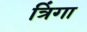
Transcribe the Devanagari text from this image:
त्रिंगा